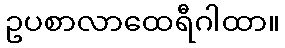
ဥပစာလာထေရီဂါထာ။